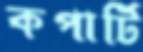
কপার্টি